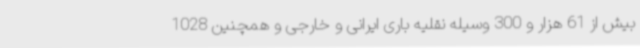
بیش از 61 هزار و 300 وسیله نقلیه باری ایرانی و خارجی و همچنین 1028